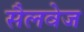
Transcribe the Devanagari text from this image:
सैलवेज